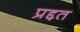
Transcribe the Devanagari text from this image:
प्रद्दत